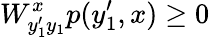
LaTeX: W_{y_{1}^{\prime}y_{1}}^{x}p(y_{1}^{\prime},x)\geq 0